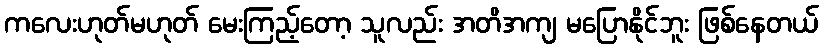
ကလေးဟုတ်မဟုတ် မေးကြည့်တော့ သူလည်း အတိအကျ မပြောနိုင်ဘူး ဖြစ်နေတယ်